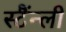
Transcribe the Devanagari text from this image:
स्टैंन्ली